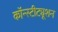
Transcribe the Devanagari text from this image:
कॉन्‍स्‍टीट्यूशन